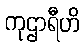
ကုဌာရီဟိ